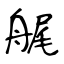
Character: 艉